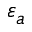
\varepsilon _ { a }